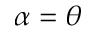
\alpha = \theta